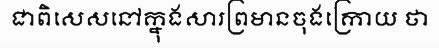
ជាពិសេសនៅក្នុងសារព្រមានចុងក្រោយ ថា